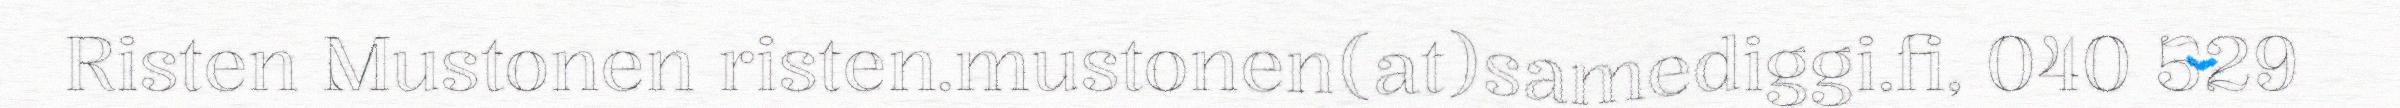
Risten Mustonen risten.mustonen(at)samediggi.fi, 040 529